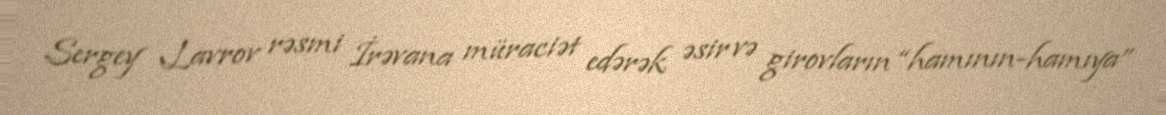
Sergey Lavrov rəsmi İrəvana müraciət edərək əsir və girovların “hamının-hamıya”